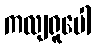
ကလျရူပေါ